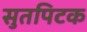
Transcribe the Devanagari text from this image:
सुतपिटक